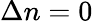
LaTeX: \Delta n=0